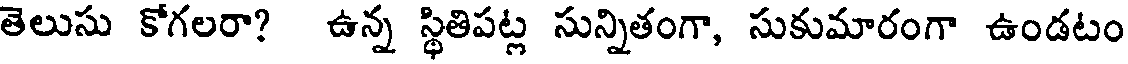
తెలుసు కోగలరా? ఉన్న స్థితిపట్ల సున్నితంగా, సుకుమారంగా ఉండటం